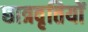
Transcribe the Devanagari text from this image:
छात्रवृतियों